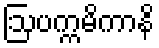
ဩပက္ကမိကာနိ